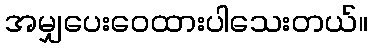
အမျှပေးဝေထားပါသေးတယ်။